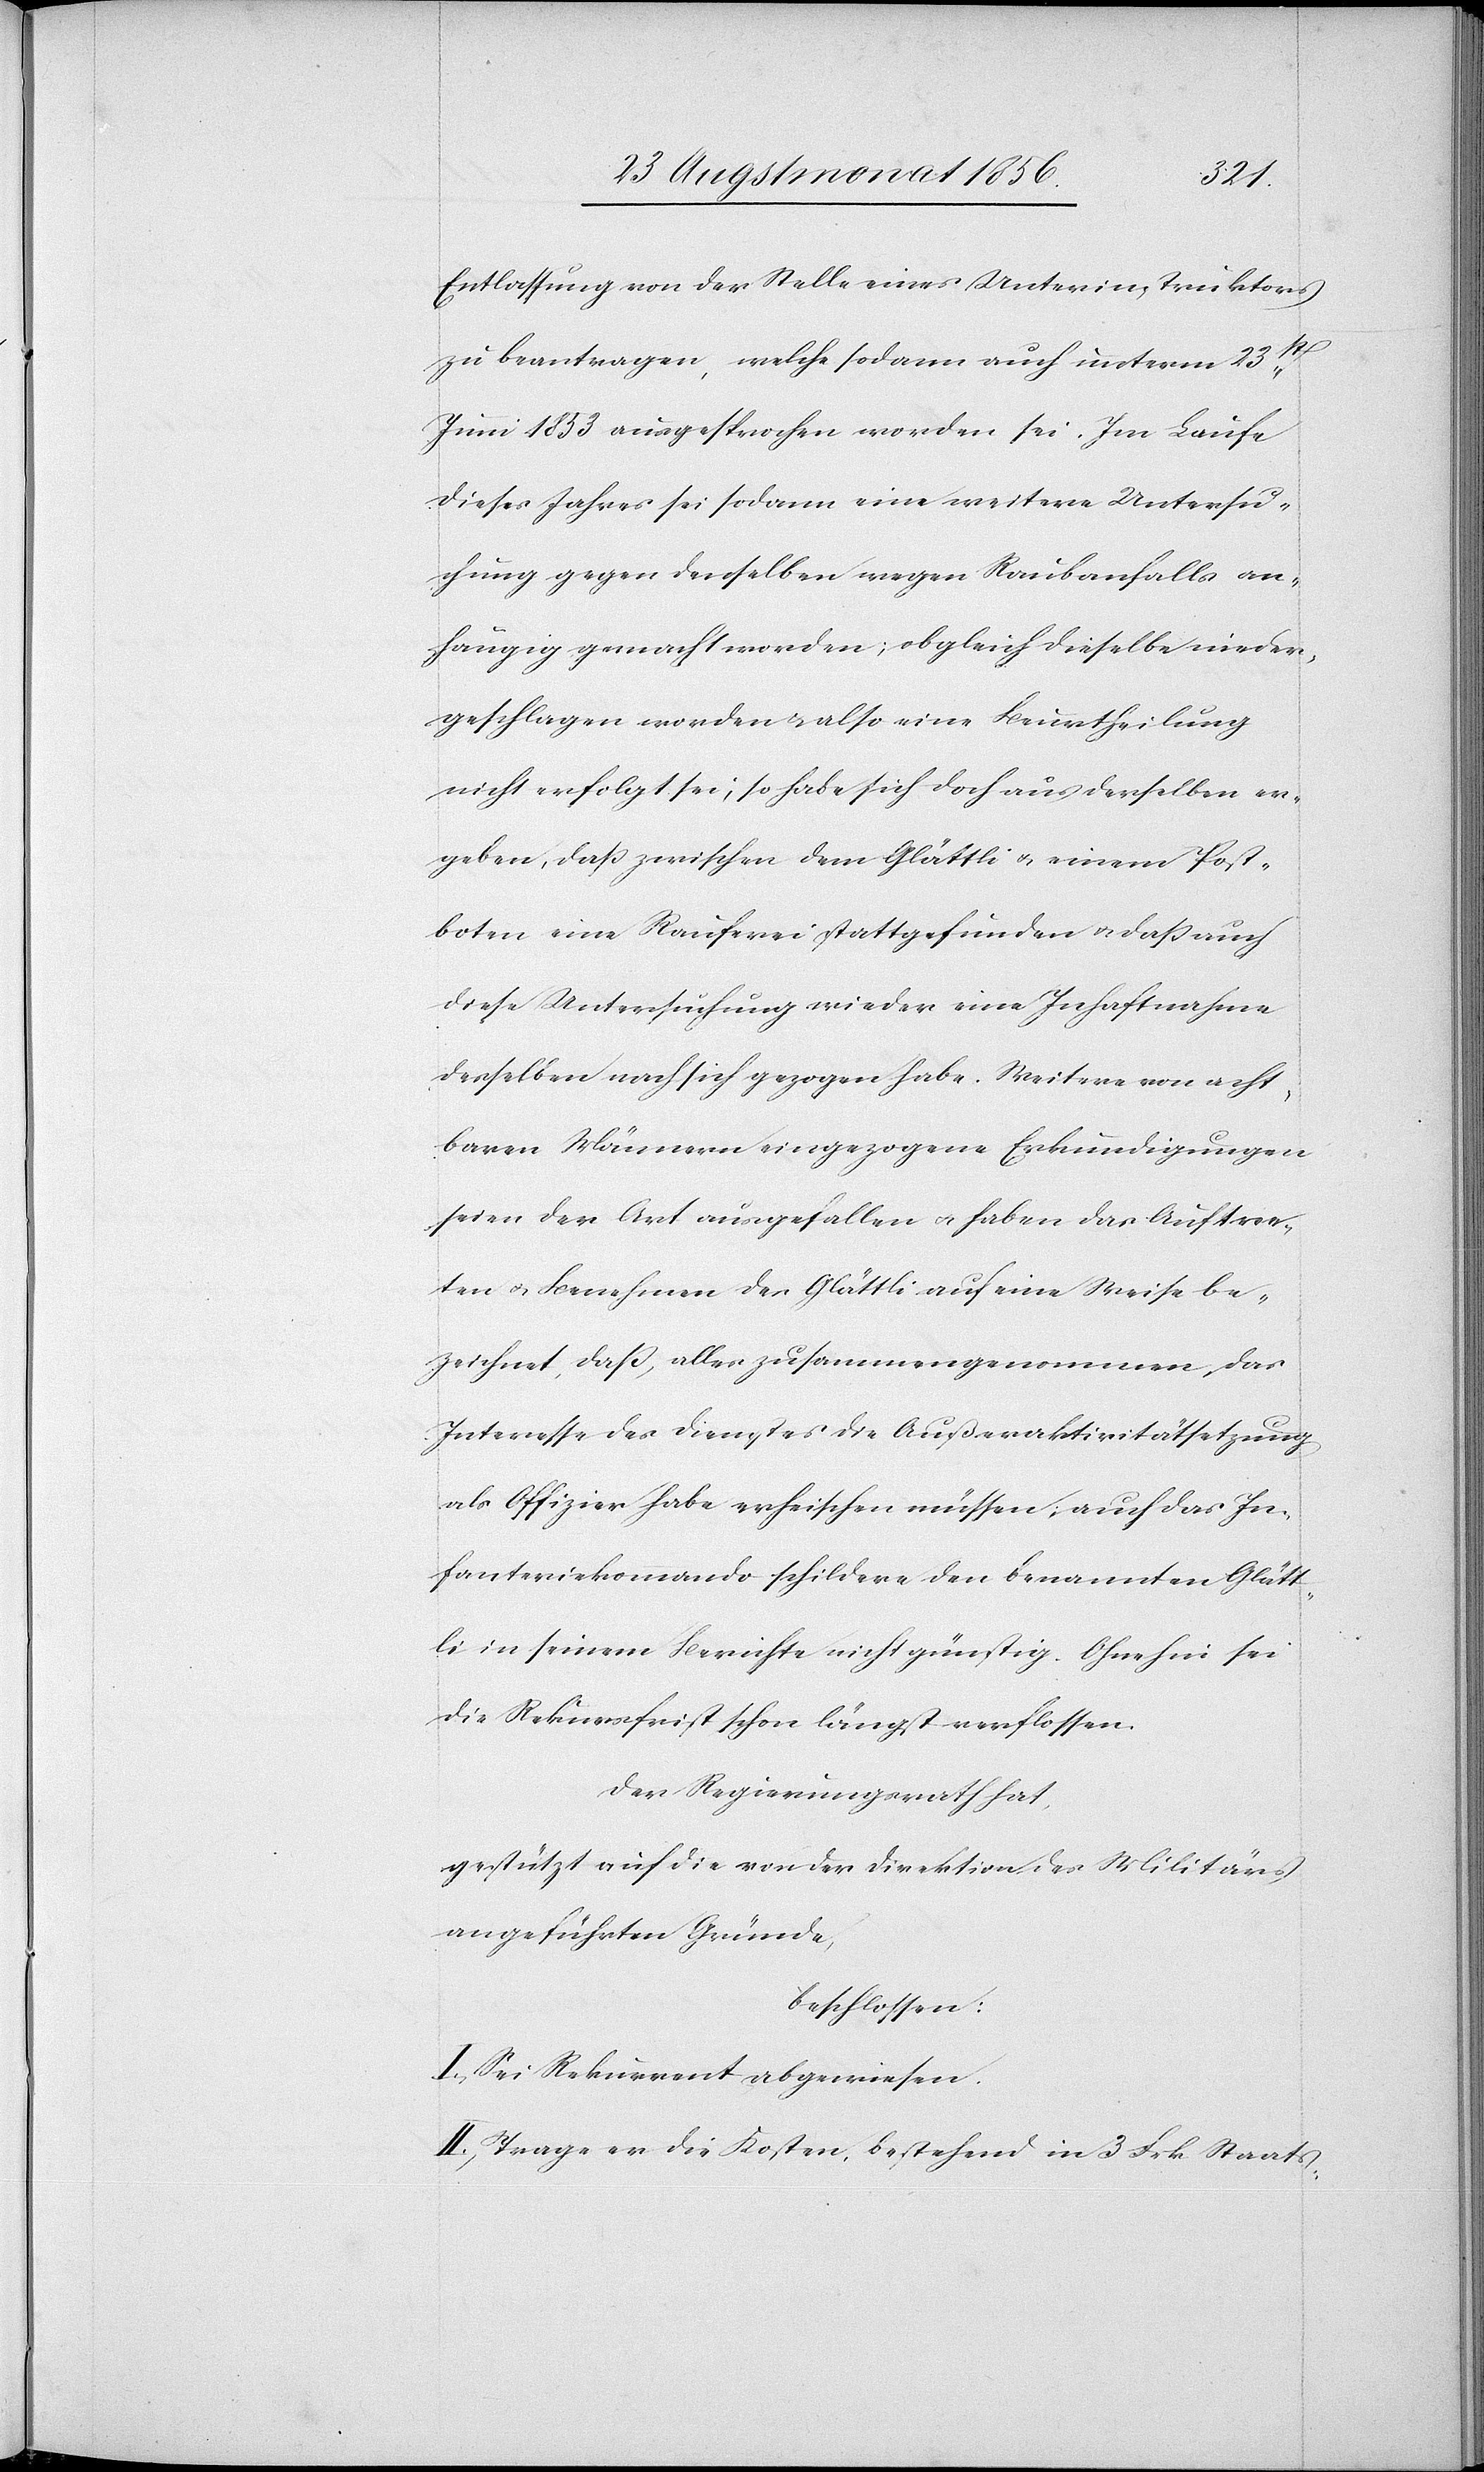
Entlassung von der Stelle eines Unterinstruktors
zu beantragen, welche sodann auch unterm 23st
Juni 1853 ausgesprochen worden sei. Im Laufe
dieses Jahres sei sodann eine weitere Untersu¬
chung gegen denselben wegen Raubanfalls an¬
hängig gemacht worden; obgleich dieselbe nieder¬
geschlagen worden & also eine Beurtheilung
nicht erfolgt sei, so habe sich doch aus derselben er¬
geben, dass zwischen dem Glättli u. einem Post¬
boten eine Rauferei stattgefunden u. dass auch
diese Untersuchung wieder eine Inhaftnahme
desselben nach sich gezogen habe. Weitere von acht¬
baren Männern eingezogene Erkundigungen
seien der Art ausgefallen u. haben das Auftre¬
ten u. Benehmen des Glättli auf eine Weise be¬
zeichnet, dass, alles zusammengenommen, das
Interesse des Dienstes die Außeraktivitätsetzung
als Offizier habe erheischen müssen; auch das In¬
fanteriekommando schildere den benannten Glätt¬
li in seinem Berichte nicht günstig. Ohnehin sei
die Rekursfrist schon längst verflossen.
Der Regierungsrath hat,
gestützt auf die von der Direktion des Militärs
angeführten Gründe,
beschlossen:
I.) Sei Rekurrent abgewiesen.
II.) Trage er die Kosten, bestehend in 3 Frk. Staats-[,]